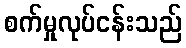
စက်မှုလုပ်ငန်းသည်